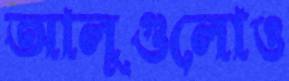
আলুগুলোও